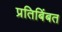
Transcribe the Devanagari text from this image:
प्रतिबिंबत